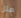
مثل